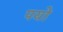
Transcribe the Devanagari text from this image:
पयो